Leaving Certificate Examination (including Day School Certificate (Higher) General paper), 1938
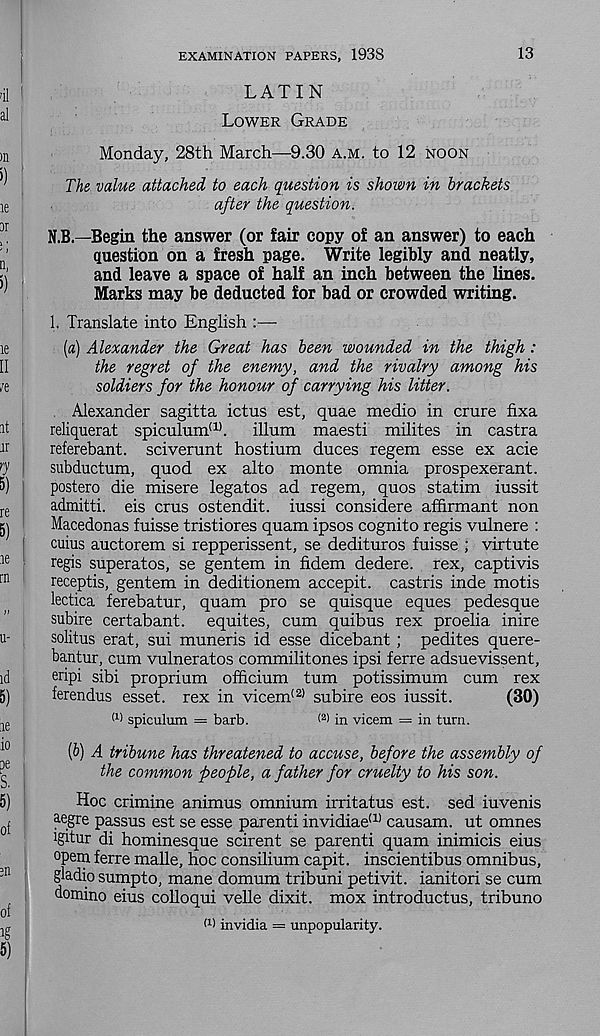
EXAMINATION PAPERS, 1938
13
LATIN
LOWER GRADE
Monday, 28th March—9.30 A.M. to 12 NOON
The value attached, to each question is shown in brackets
after the question.
N.B.—Begin the answer (or fair copy of an answer) to each
question on a fresh page. Write legibly and neatly,
and leave a space of half an inch between the lines.
Marks may be deducted for bad or crowded writing.
1. Translate into English :—
(а) Alexander the Great has been wounded in the thigh:
the regret of the enemy, and the rivalry among his
soldiers for the honour of carrying his litter.
Alexander sagitta ictus est, quae medio in crure fixa
reliquerat spiculum (1) . ilium maesti milites in castra
referebant. sciverunt hostium duces regem esse ex acie
subductum, quod ex alto monte omnia prospexerant.
postero die misere legates ad regem, quos statim iussit
admitti. eis crus ostendit. iussi considere affirmant non
Macedonas fuisse tristiores quam ipsos cognito regis vulnere :
cuius auctorem si repperissent, se dedituros fuisse ; virtute
regis superatos, se gentem in fidem dedere. rex, captivis
receptis, gentem in deditionem accepit. castris inde motis
lectica ferebatur, quam pro se quisque eques pedesque
subire certabant. equites, cum quibus rex proelia inire
solitus erat, sui muneris id esse dicebant ; pedites quere-
bantur, cum vulneratos commilitones ipsi ferre adsuevissent,
eripi sibi proprium officium turn potissimum cum rex
ferendus esset. rex in vicem (2) subire eos iussit.
(30)
(1) spiculum = barb.
< 2 ) in vicem = in turn.
(б) A tribune has threatened to accuse, before the assembly of
the common people, a father for cruelty to his son.
Hoc crimine animus omnium irritatus est. sed iuvenis
aegre passus est se esse parenti invidiae (1) causam. ut omnes
igitur di hominesque scirent se parenti quam inimicis eius
opem ferre malle, hoc consilium capit. inscientibus omnibus,
gladio sumpto, mane domum tribuni petivit. ianitori se cum
domino eius colioqui velle dixit, mox introductus, tribune
(1 > invidia = unpopularity.